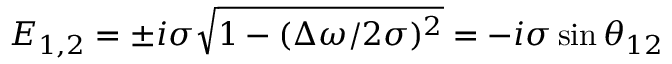
E _ { 1 , 2 } = \pm i \sigma \sqrt { 1 - ( \Delta \omega / 2 \sigma ) ^ { 2 } } = - i \sigma \sin \theta _ { 1 2 }